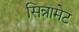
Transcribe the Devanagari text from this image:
सिन्नामेट